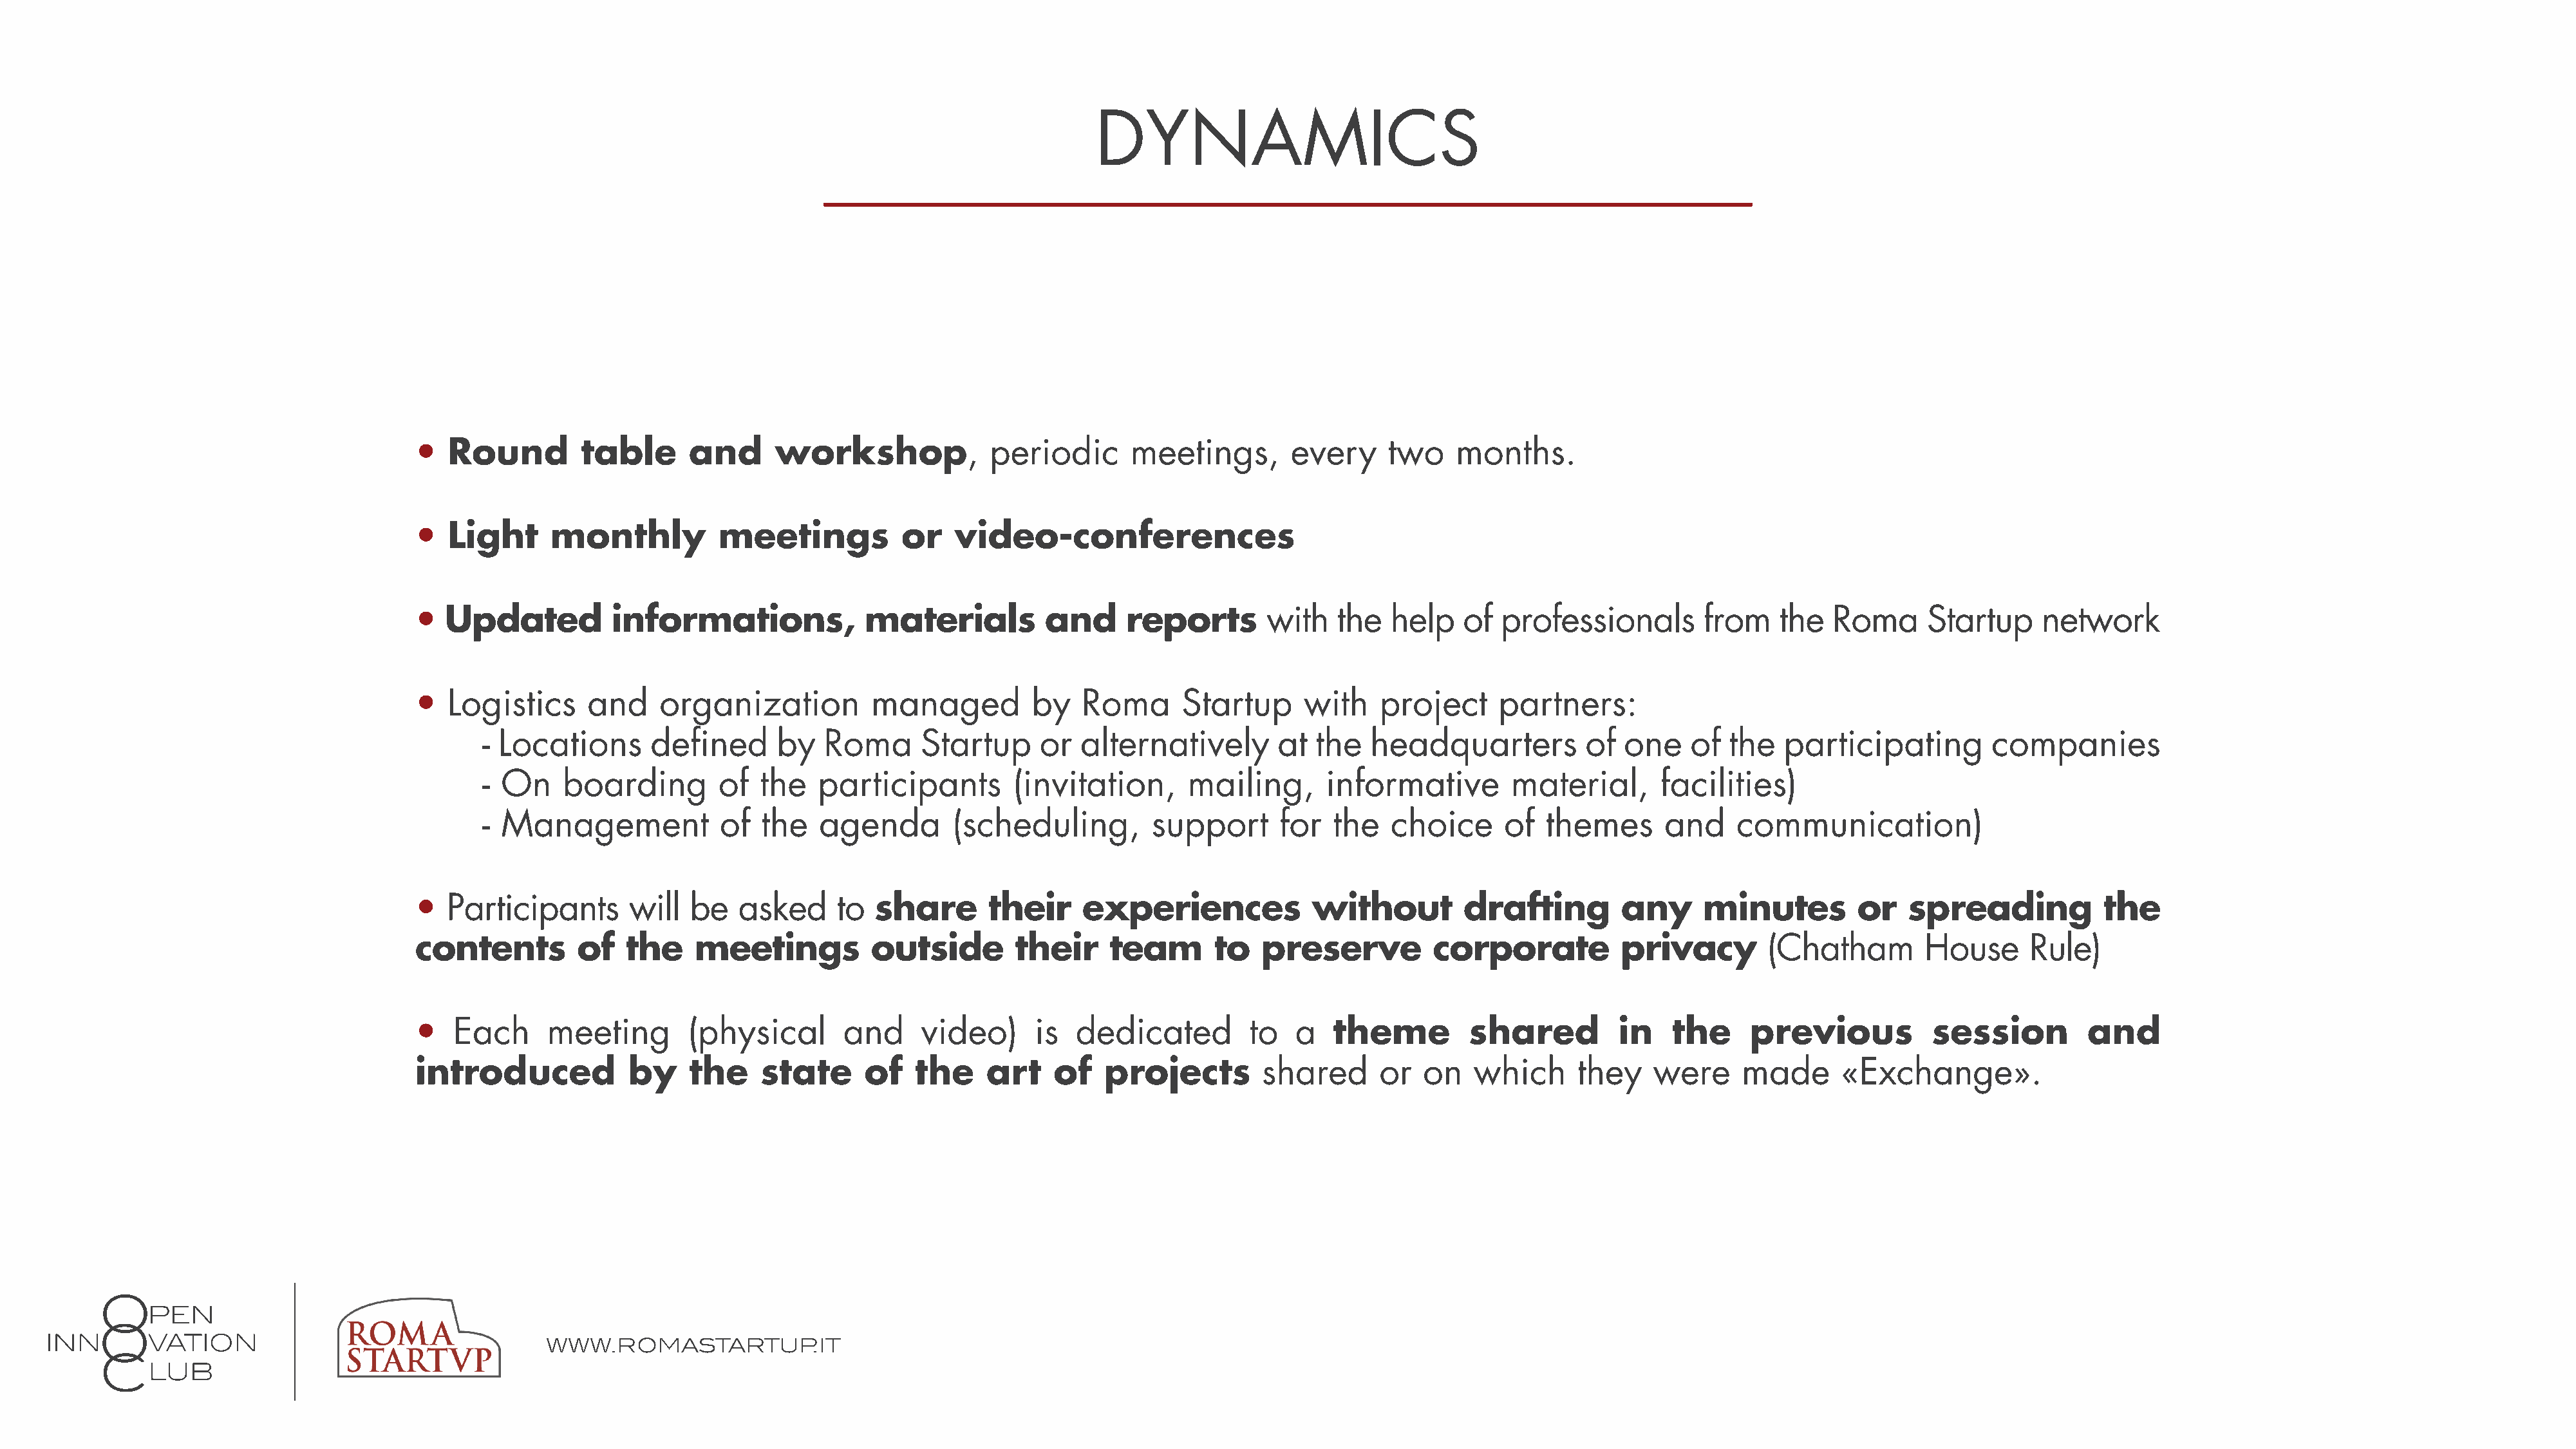
DYNAMICS
 •  Round         table      and      workshop,             periodic      meetings,        every     two    months.
 •  Light      monthly          meetings           or   video-conferences
 •  Updated          informations,             materials         and      reports       with    the  help   of  professionals        from    the  Roma      Startup     network
 •  Logistics     and     organization          managed         by   Roma      Startup      with    project     partners:
 - Locations      defined      by   Roma      Startup     or  alternatively       at  the   headquarters          of  one    of  the  participating         companies
 - On    boarding        of  the   participants        (invitation,      mailing,      informative        material,       facilities)
 - Management            of  the   agenda        (scheduling,        support       for  the   choice      of  themes      and     communication)
 •  Participants       will  be   asked     to  share       their    experiences             without         drafting        any     minutes         or   spreading           the
 contents        of   the    meetings           outside       their     team       to   preserve         corporate           privacy        (Chatham        House      Rule)
 •   Each     meeting        (physical       and     video)     is   dedicated        to   a   theme         shared         in    the     previous           session         and
 introduced            by    the    state      of   the    art    of    projects        shared      or  on   which      they    were     made      «Exchange».
 www.romastartup.it